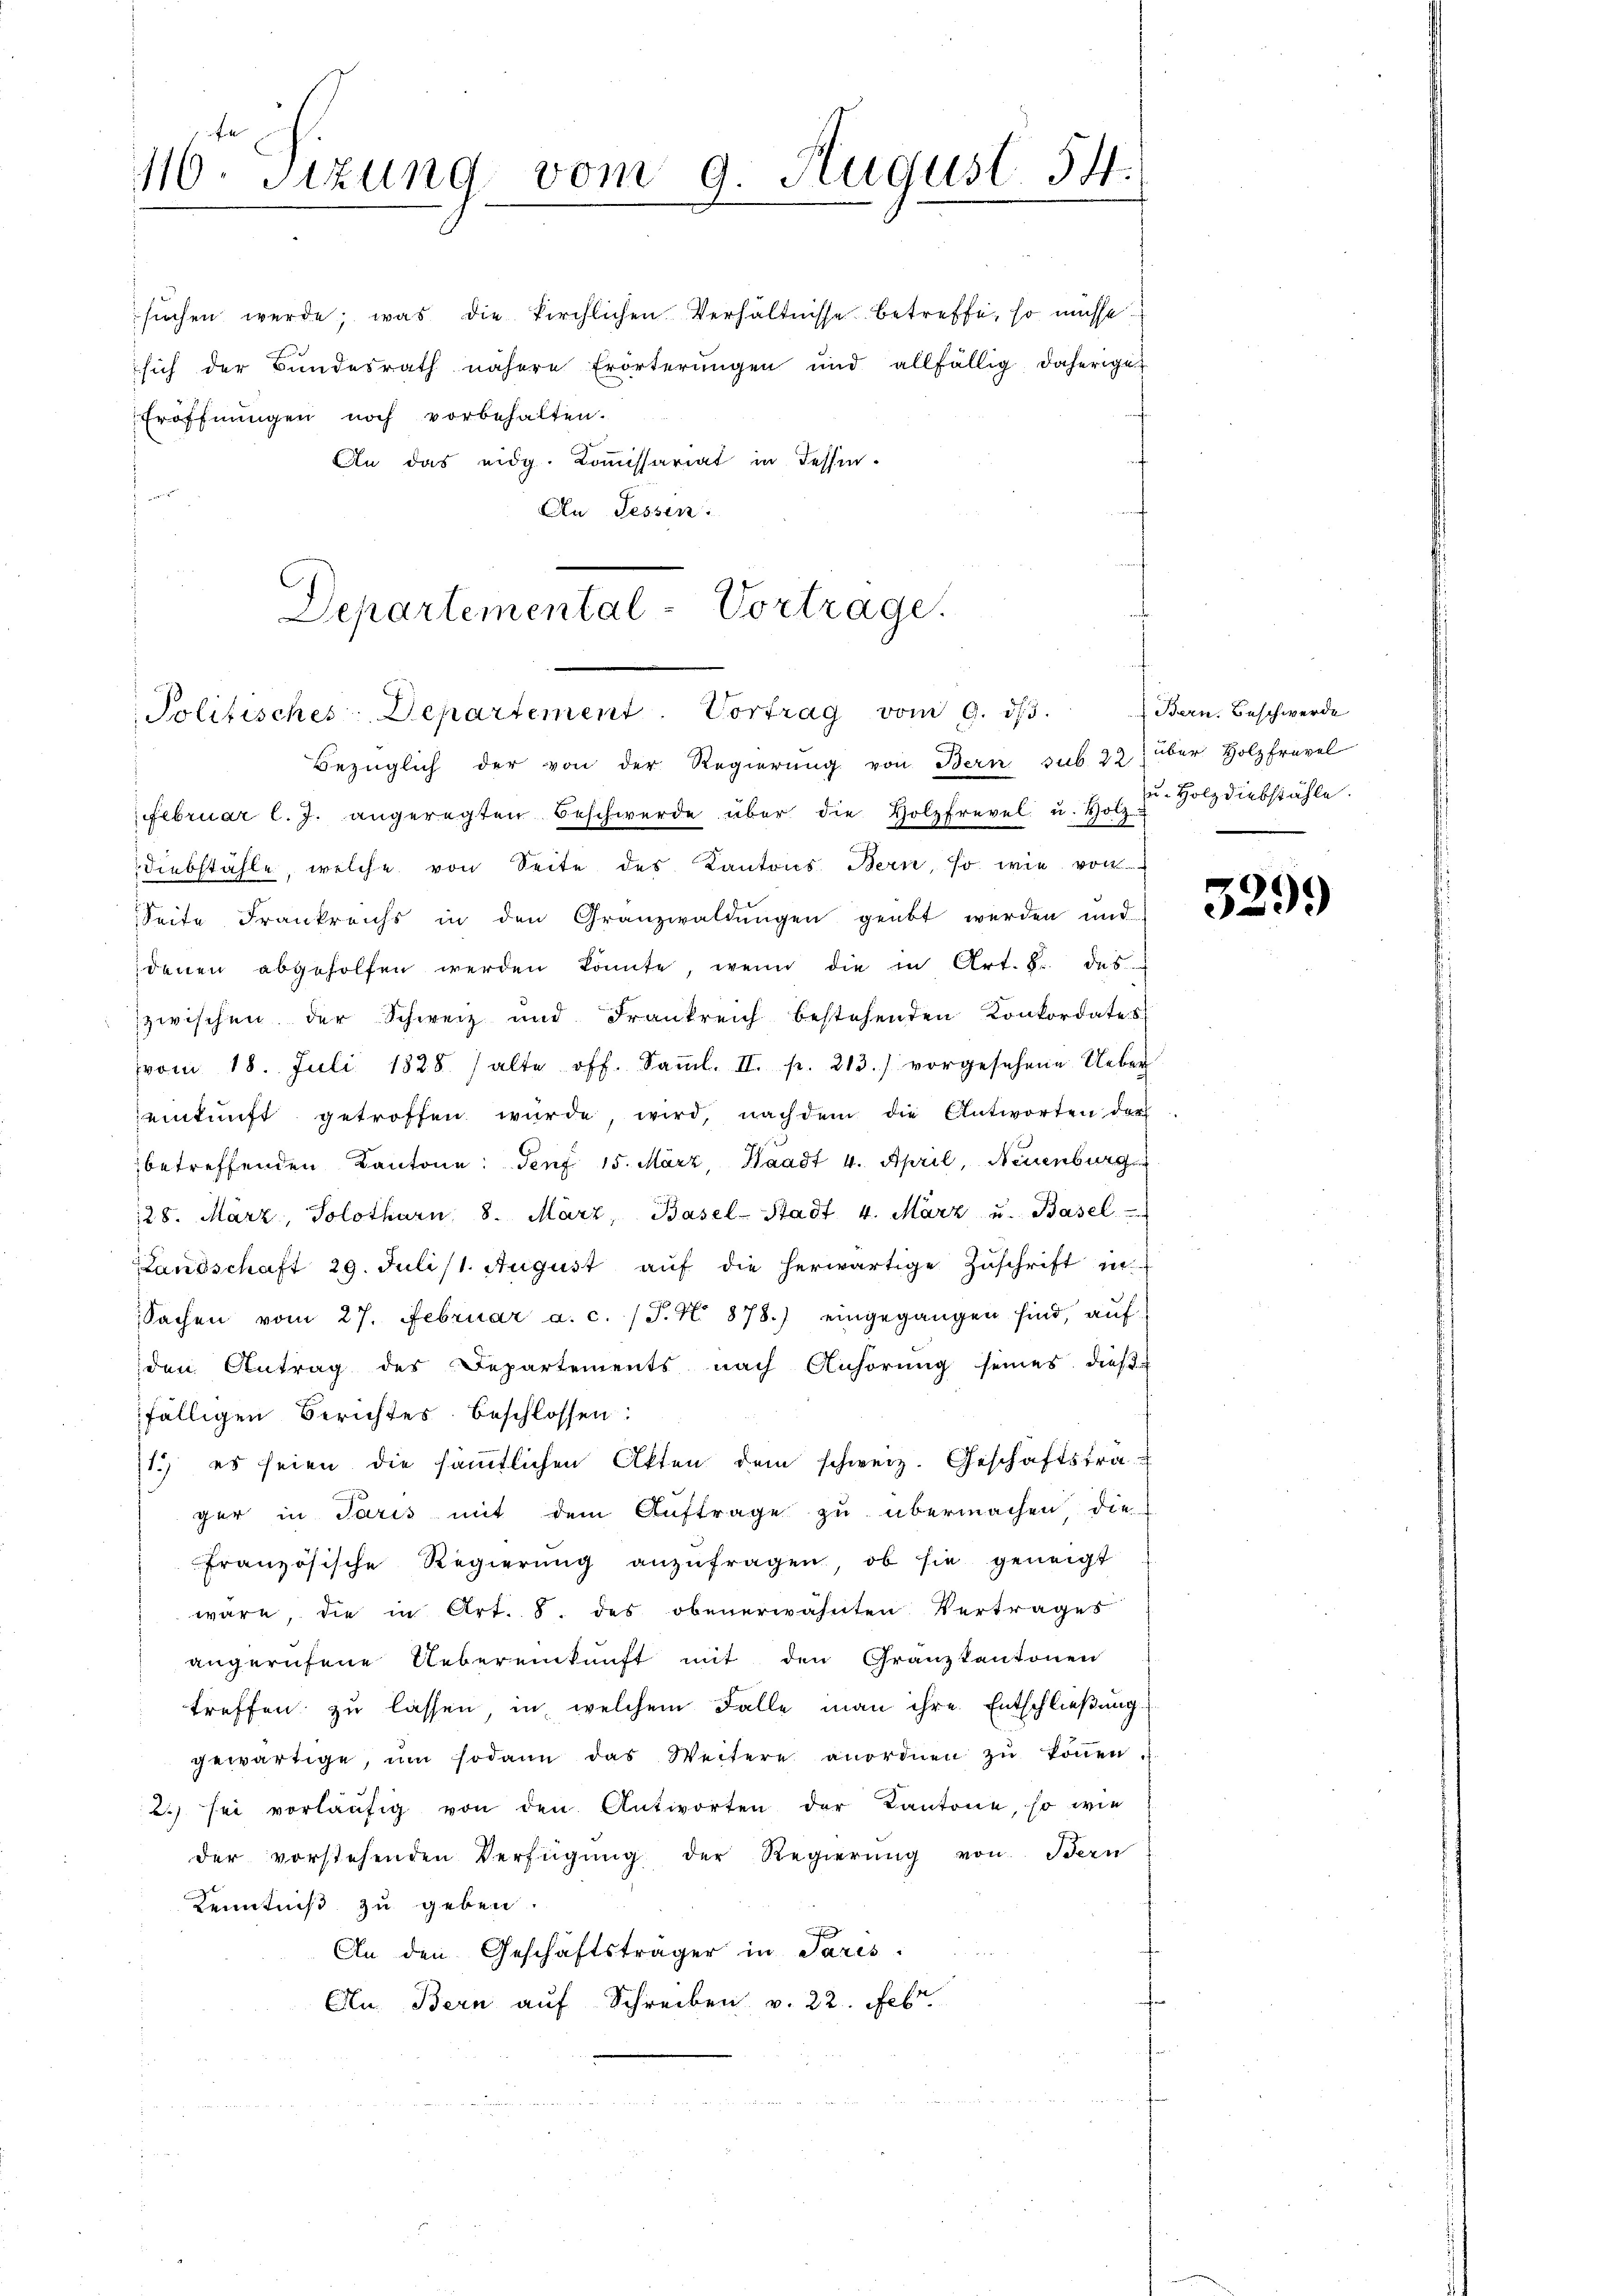
116. Sizung vom 9. August 14.

Eröffnungen noch vorbehalten.
An das eidg. Kommissariat in Tessin.
fer
An Tessin.

Departemental-Vortrage.
Politisches Departement. Vortrag vom 9. dβ.

suchen werde; was die kirchlichen Verhältnisse betreffe, so müsse
sich der Bundesrath nähere Erörterungen und allfällig, daherige

Bezüglich der von der Regierŭng von Bern sub 22) über Holzfrevel
FFebruar l. J. angeregten Beschwerde über die Holzfrevel u. Holz u. Holzdiebstähle.
diebstähle, welche von Seite des Kantons Bern, so wie von
Seite Frankreichs in den Granzwaldŭngen geübt werden und
denen abgeholfen werden könnte, wenn die in Art. 8. des
zwischen der Schweiz und Frankreich bestehenden Konkordates
vom 18. Juli 1828. (alte off. Saṁl. II. p. 213.) vorgesehene Ueber
eintŭnft getroffen würde, wird, nachdem die Antworten der
betreffenden Kantone: Genf 15. März, Waadt 4. April, Neuenburg
28. März, Solothurn, 8. März, Basel-Stadt 4. März u. Basel
Landschaft 29. Juli/1. August auf die herwärtige Zuschrift in
Sachen vom 27. Februar a. c. (T. N. 878.) eingegangen sind, auf
den Antrag des Departements nach Anhörung seines dießfälligen Berichtes beschlossen:
1.) es seien die sämmtlichen Akten dem schweiz. Geschäftsträ
ger in Paris mit dem Auftrage zu übermachen die
französische Regierŭng anzŭfragen, ob sie geneigt
wäre, die in Art. 8. des obenerwähnten Vertrages
angerufene Uebereinkunft mit den Granzkantonen
treffen zu lassen in welchem Falle man ihre Entschließung
gewärtige, um sodann das Weitere anordnen zŭ köṅen.
2) sei vorläŭfig von den Antworten der Kantone, so wie
der vorstehenden Verfügŭng der Regierŭng von Bern
Kenntniß zu geben.
x
An den Geschäftsträger in Paris.
An. Bern auf Schreiben v. 22. Febr

Bern. Beschwerde

3299)